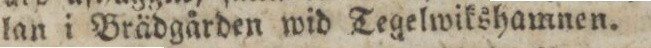
lan i Brädgården wid Tegelwikshamnen.